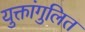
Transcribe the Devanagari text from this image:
युक्तांगुलित